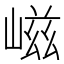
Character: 嵫